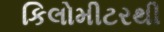
કિલોમીટરથી